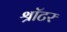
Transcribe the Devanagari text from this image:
श्रॉटर